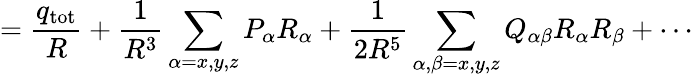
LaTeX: ={\frac{q_{\mathrm{tot}}}{R}}+{\frac{1}{R^{3}}}\sum_{\alpha=x,y,z}P_{\alpha}R_{\alpha}+{\frac{1}{2R^{5}}}\sum_{\alpha,\beta=x,y,z}Q_{\alpha\beta}R_{\alpha}R_{\beta}+\cdots